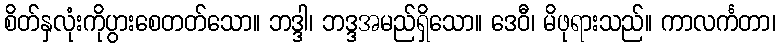
စိတ်နှလုံးကိုပွားစေတတ်သော။ ဘဒ္ဒါ၊ ဘဒ္ဒအမည်ရှိသော။ ဒေဝီ၊ မိဖုရားသည်။ ကာလင်္ကတာ၊